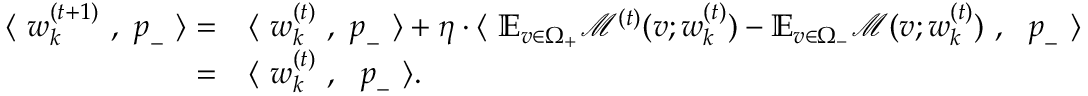
\begin{array} { r l } { \langle ~ { \boldsymbol w } _ { k } ^ { ( t + 1 ) } ~ , ~ { \boldsymbol p } _ { - } ~ \rangle = } & { \langle ~ { \boldsymbol w } _ { k } ^ { ( t ) } ~ , ~ { \boldsymbol p } _ { - } ~ \rangle + \eta \cdot \langle ~ \mathbb { E } _ { v \in \Omega _ { + } } \mathcal { M } ^ { ( t ) } ( v ; { \boldsymbol w } _ { k } ^ { ( t ) } ) - \mathbb { E } _ { v \in \Omega _ { - } } \mathcal { M } ( v ; { \boldsymbol w } _ { k } ^ { ( t ) } ) ~ , ~ ~ { \boldsymbol p } _ { - } ~ \rangle } \\ { = } & { \langle ~ { \boldsymbol w } _ { k } ^ { ( t ) } ~ , ~ ~ { \boldsymbol p } _ { - } ~ \rangle . } \end{array}